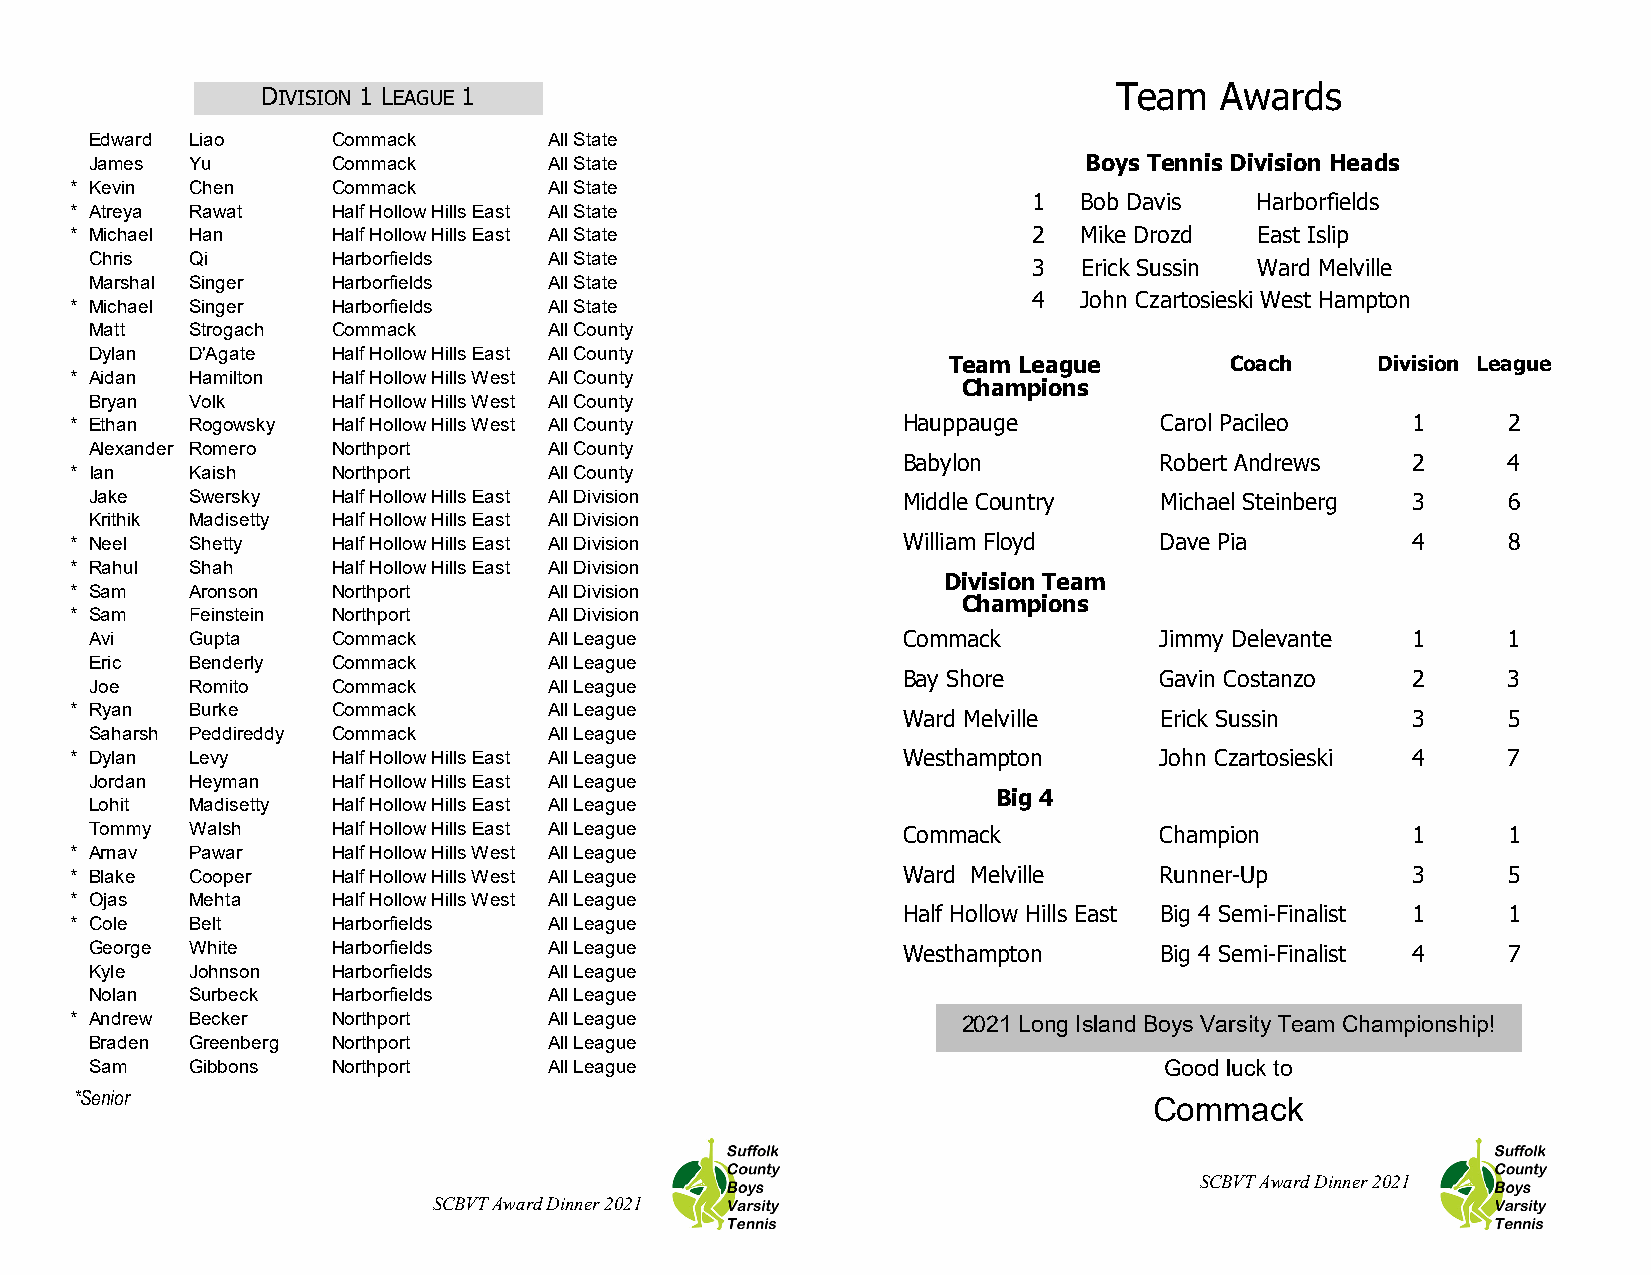
DIVISION 1 LEAGUE 1                                      Team   Awards
 Edward Liao     Commack       All State
 James  Yu       Commack       All State                           Boys Tennis Division Heads
 * Kevin Chen     Commack       All State
 1   Bob Davis  Harborfields
 * Atreya Rawat   Half Hollow Hills East All State
 * Michael Han    Half Hollow Hills East All State              2   Mike Drozd East Islip
 Chris  Qi       Harborfields  All State
 3   Erick Sussin Ward Melville
 Marshal Singer  Harborfields  All State
 * Michael Singer Harborfields  All State
 4   John Czartosieski West Hampton
 Matt   Strogach Commack       All County
 Dylan  D'Agate  Half Hollow Hills East All County
 Team League       Coach     Division League
 * Aidan Hamilton Half Hollow Hills West All County
 Champions
 Bryan  Volk     Half Hollow Hills West All County
 * Ethan Rogowsky Half Hollow Hills West All County     Hauppauge        Carol Pacileo   1      2
 Alexander Romero Northport    All County
 Babylon          Robert Andrews  2      4
 * Ian   Kaish    Northport     All County
 Jake   Swersky  Half Hollow Hills East All Division   Middle Country   Michael Steinberg 3    6
 Krithik Madisetty Half Hollow Hills East All Division
 * Neel  Shetty   Half Hollow Hills East All Division   William Floyd    Dave Pia        4      8
 * Rahul Shah     Half Hollow Hills East All Division
 Division Team
 * Sam   Aronson  Northport     All Division
 Champions
 * Sam   Feinstein Northport    All Division
 Avi    Gupta    Commack       All League              Commack          Jimmy Delevante 1      1
 Eric   Benderly Commack       All League
 Joe    Romito   Commack       All League
 Bay Shore        Gavin Costanzo  2      3
 * Ryan  Burke    Commack       All League
 Ward Melville    Erick Sussin    3      5
 Saharsh Peddireddy Commack    All League
 * Dylan Levy     Half Hollow Hills East All League     Westhampton      John Czartosieski 4    7
 Jordan Heyman   Half Hollow Hills East All League
 Lohit  Madisetty Half Hollow Hills East All League
 Big 4
 Tommy  Walsh    Half Hollow Hills East All League     Commack          Champion        1      1
 * Arnav Pawar    Half Hollow Hills West All League
 * Blake Cooper   Half Hollow Hills West All League     Ward Melville    Runner-Up       3      5
 * Ojas  Mehta    Half Hollow Hills West All League
 Half Hollow Hills East Big 4 Semi-Finalist 1 1
 * Cole  Belt     Harborfields  All League
 George White    Harborfields  All League              Westhampton      Big 4 Semi-Finalist 4  7
 Kyle   Johnson  Harborfields  All League
 Nolan  Surbeck  Harborfields  All League
 * Andrew Becker  Northport     All League                  2021 Long Island Boys Varsity Team Championship!
 Braden Greenberg Northport    All League
 Sam    Gibbons  Northport     All League                               Good luck to
 *Senior
 Commack
 SCBVT Award Dinner 2021
 SCBVT Award Dinner 2021